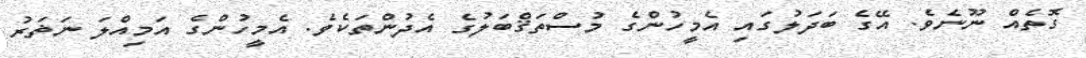
ގޮތެއް ނޫނެވެ. އޭގެ ބަދަލުގައި އެމީހުންގެ މުސްތަޤްބަލުގެ އެދުންތަކެވެ. އެމީހުންގެ އަމިއްލަ ނަޡަރު